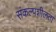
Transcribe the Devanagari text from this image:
संकल्पशीलता